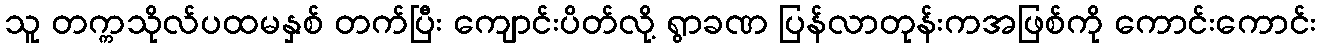
သူ တက္ကသိုလ်ပထမနှစ် တက်ပြီး ကျောင်းပိတ်လို့ ရွာခဏ ပြန်လာတုန်းကအဖြစ်ကို ကောင်းကောင်း